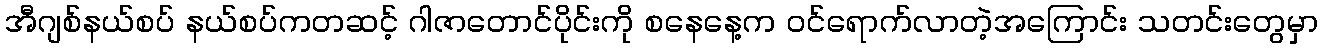
အီဂျစ်နယ်စပ် နယ်စပ်ကတဆင့် ဂါဇာတောင်ပိုင်းကို စနေနေ့က ဝင်ရောက်လာတဲ့အကြောင်း သတင်းတွေမှာ